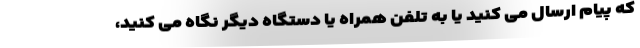
که پیام ارسال می کنید یا به تلفن همراه یا دستگاه دیگر نگاه می کنید،